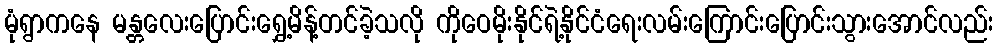
မုံရွာကနေ မန္တလေးပြောင်းရွှေ့မိန့်တင်ခဲ့သလို ကိုဝေမိုးနိုင်ရဲ့နိုင်ငံရေးလမ်းကြောင်းပြောင်းသွားအောင်လည်း